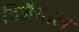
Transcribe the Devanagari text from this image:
विजैसाल